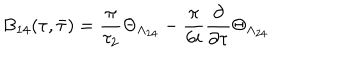
LaTeX: B _ { 1 4 } ( \tau , \bar { \tau } ) = \frac { \pi } { \tau _ { 2 } } \Theta _ { \Lambda _ { 2 4 } } - \frac { \pi } { 6 i } \frac { \partial } { \partial \tau } \Theta _ { \Lambda _ { 2 4 } }